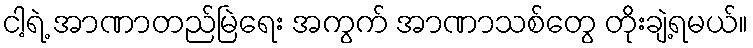
ငါ့ရဲ့ အာဏာတည်မြဲရေး အကွက် အာဏာသစ်တွေ တိုးချဲ့ရမယ်။